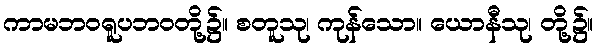
ကာမဘဝရူပဘဝတို့၌။ စတူသု၊ ကုန်သော။ ယောနီသု၊ တို့၌။